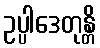
ဥပ္ပါဒေတုန္တိ